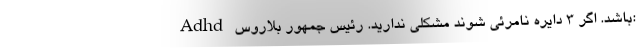
Adhd باشد. اگر ۳ دایره نامرئی شوند مشکلی ندارید. رئیس جمهور بلاروس: